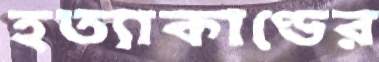
হত্যাকাণ্ডের